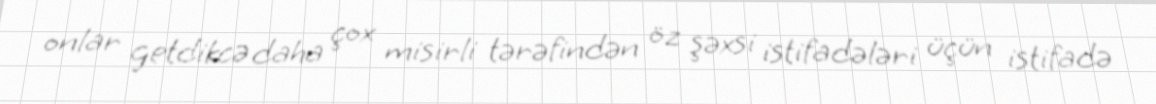
onlar getdikcə daha çox misirli tərəfindən öz şəxsi istifadələri üçün istifadə